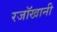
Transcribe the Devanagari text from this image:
रजॉखानी